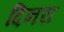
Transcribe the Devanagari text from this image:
दिनरा